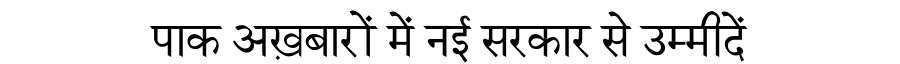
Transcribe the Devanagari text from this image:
पाक अख़बारों में नई सरकार से उम्मीदें